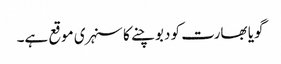
گویا بھارت کو دبوچنے کا سنہری موقع ہے۔